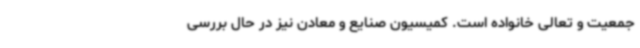
جمعیت و تعالی خانواده است. کمیسیون صنایع و معادن نیز در حال بررسی